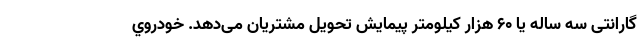
گارانتی سه ساله یا ۶۰ هزار کیلومتر پیمایش تحویل مشتریان می‌دهد. خودروي